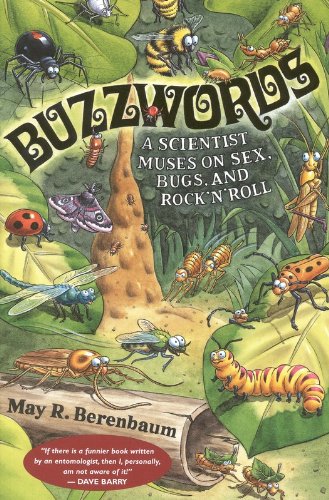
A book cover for Buzzwords: A Scientist Muses on Sex, Bugs, and Rock 'n' Roll; May R. Berenbaum; Humor & Entertainment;